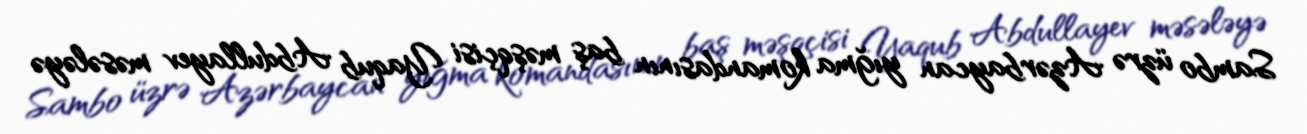
Sambo üzrə Azərbaycan yığma komandasının baş məşqçisi Yaqub Abdullayev məsələyə